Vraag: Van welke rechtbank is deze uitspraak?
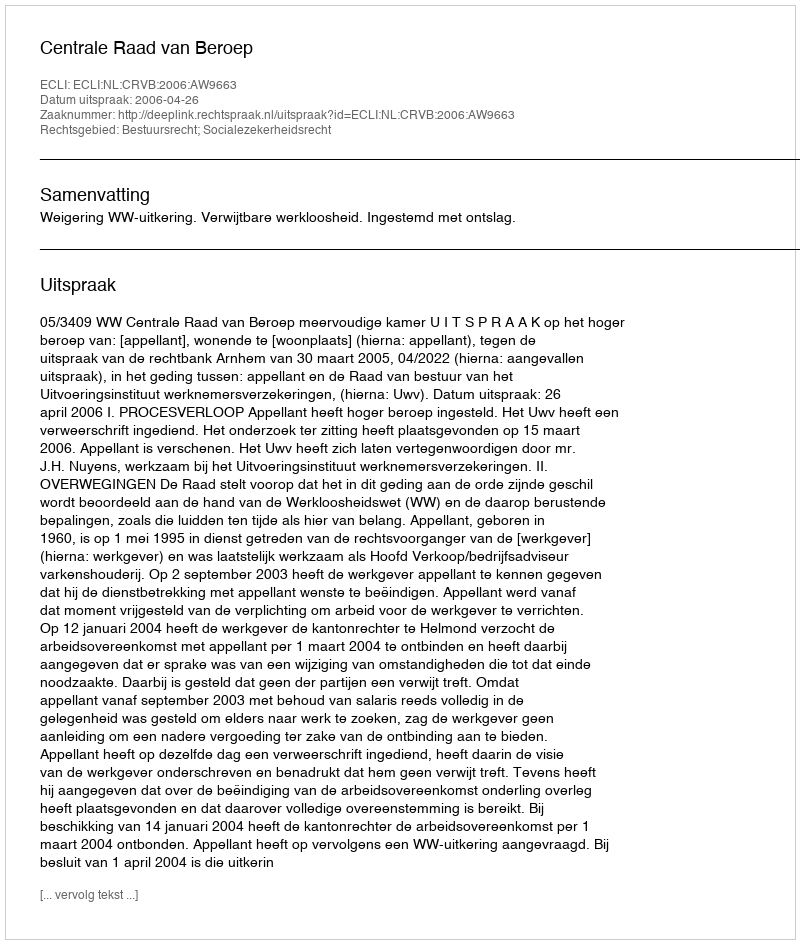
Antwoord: Centrale Raad van Beroep